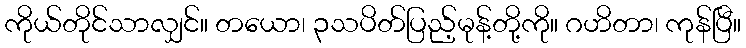
ကိုယ်တိုင်သာလျှင်။ တယော၊ ၃သပိတ်ပြည့်မုန့်တို့ကို။ ဂဟိတာ၊ ကုန်ပြီ။